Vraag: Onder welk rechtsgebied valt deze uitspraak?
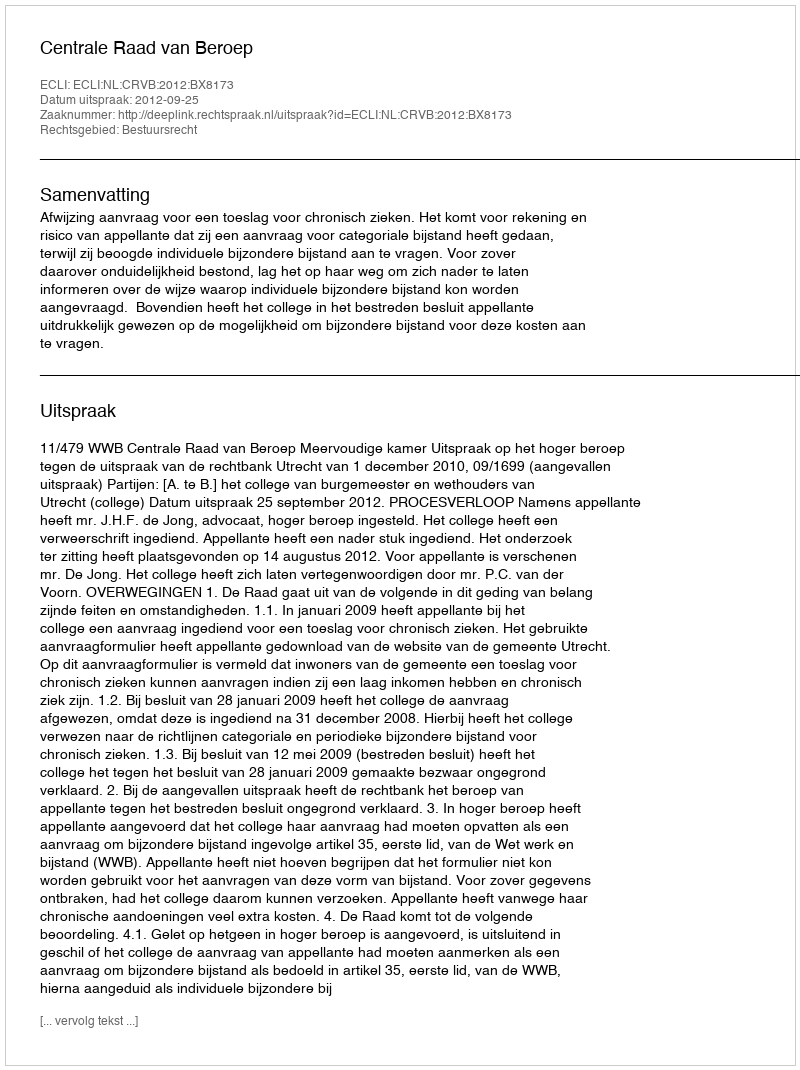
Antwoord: Bestuursrecht